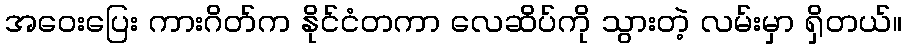
အဝေးပြေး ကားဂိတ်က နိုင်ငံတကာ လေဆိပ်ကို သွားတဲ့ လမ်းမှာ ရှိတယ်။